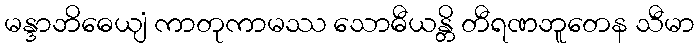
မန္ဒာဘိဓေယျံ ကာတုကာမဿ သောဓီယန္တိ တီရဏဘူတေန သီမာ